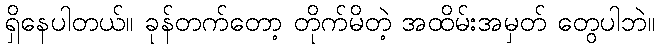
ရှိနေပါတယ်။ ခုန်တက်တော့ တိုက်မိတဲ့ အထိမ်းအမှတ် တွေပါဘဲ။